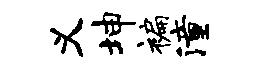
义坤褊潼